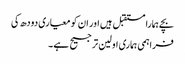
بچے ہمارا مستقبل ہیں اور ان کو معیاری دودھ کی
فراہمی ہماری اولین ترجیح ہے ۔